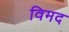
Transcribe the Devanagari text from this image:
विमद